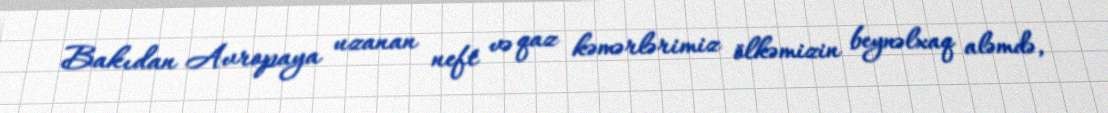
Bakıdan Avropaya uzanan neft və qaz kəmərlərimiz ölkəmizin beynəlxaq aləmdə,